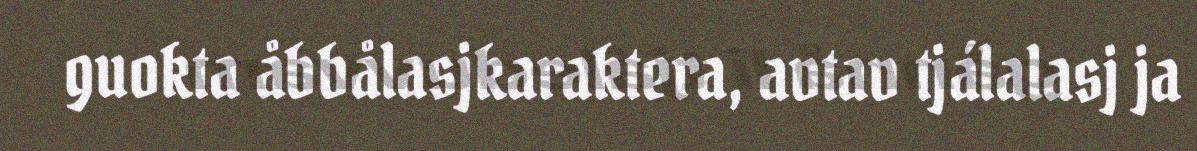
guokta åbbålasjkaraktera, avtav tjálalasj ja